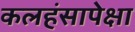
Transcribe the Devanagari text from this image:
कलहंसापेक्षा